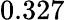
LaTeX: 0.327